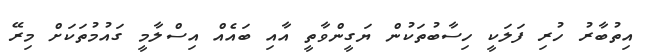
އިތުބާރު ހުރި ފަލަކީ ހިސާބުތަކުން ޔަގީންވާތީ އާއި ބައެއް އިސްލާމީ ގައުމުތަކަށް މިރޭ